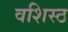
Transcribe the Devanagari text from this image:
वशिस्ठ